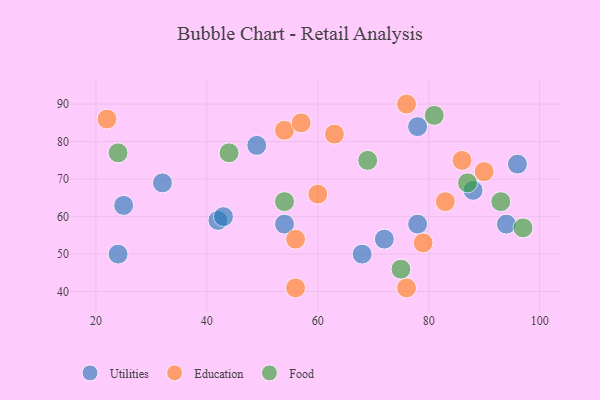
{"axis": {"x": "GDP", "y": "Life Expectancy"}, "legend": ["Education", "Food", "Utilities"], "data": [{"x": "54", "y": 58, "type": "Utilities"}, {"x": "49", "y": 79, "type": "Utilities"}, {"x": "68", "y": 50, "type": "Utilities"}, {"x": "42", "y": 59, "type": "Utilities"}, {"x": "24", "y": 50, "type": "Utilities"}, {"x": "96", "y": 74, "type": "Utilities"}, {"x": "94", "y": 58, "type": "Utilities"}, {"x": "78", "y": 84, "type": "Utilities"}, {"x": "32", "y": 69, "type": "Utilities"}, {"x": "72", "y": 54, "type": "Utilities"}, {"x": "25", "y": 63, "type": "Utilities"}, {"x": "88", "y": 67, "type": "Utilities"}, {"x": "78", "y": 58, "type": "Utilities"}, {"x": "43", "y": 60, "type": "Utilities"}, {"x": "83", "y": 64, "type": "Education"}, {"x": "56", "y": 41, "type": "Education"}, {"x": "86", "y": 75, "type": "Education"}, {"x": "63", "y": 82, "type": "Education"}, {"x": "22", "y": 86, "type": "Education"}, {"x": "54", "y": 83, "type": "Education"}, {"x": "79", "y": 53, "type": "Education"}, {"x": "56", "y": 54, "type": "Education"}, {"x": "60", "y": 66, "type": "Education"}, {"x": "76", "y": 90, "type": "Education"}, {"x": "90", "y": 72, "type": "Education"}, {"x": "57", "y": 85, "type": "Education"}, {"x": "76", "y": 41, "type": "Education"}, {"x": "87", "y": 69, "type": "Food"}, {"x": "97", "y": 57, "type": "Food"}, {"x": "93", "y": 64, "type": "Food"}, {"x": "24", "y": 77, "type": "Food"}, {"x": "69", "y": 75, "type": "Food"}, {"x": "54", "y": 64, "type": "Food"}, {"x": "44", "y": 77, "type": "Food"}, {"x": "81", "y": 87, "type": "Food"}, {"x": "75", "y": 46, "type": "Food"}]}